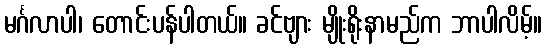
မင်္ဂလာပါ၊ တောင်းပန်ပါတယ်။ ခင်ဗျား မျိုးရိုးနာမည်က ဘာပါလိမ့်။